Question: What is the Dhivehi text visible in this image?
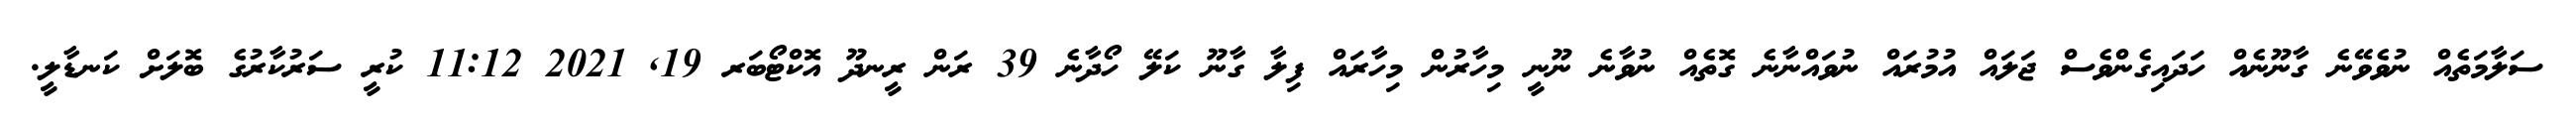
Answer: ސަލާމަތެއް ނުވެވޭނެ ގާނޫނެއް ހަދައިގެންވެސް ޖަލައް އުމުރައް ނުވައްނާނެ ގޮތެއް ނުވާނެ ނޫނީ މިހާރުން މިހާރައް ފިލާ ގާނޫ ކަލޭ ހޯދާނެ 39 ރަން ރީނދޫ އޮކްޓޯބަރ 19, 2021 11:12 ކުރީ ސަރުކާރުގެ ބޮލަށް ކަނޑާލީ.